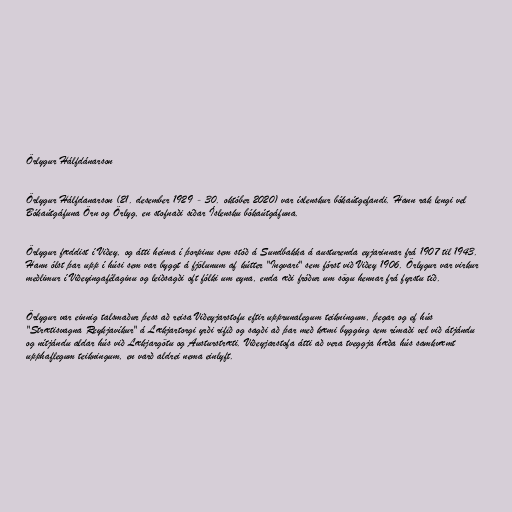
Örlygur Hálfdánarson

Örlygur Hálfdanarson (21. desember 1929 - 30. október 2020) var íslenskur bókaútgefandi. Hann rak lengi vel
Bókaútgáfuna Örn og Örlyg, en stofnaði síðar Íslensku bókaútgáfuna.

Örlygur fæddist í Viðey, og átti heima í þorpinu sem stóð á Sundbakka á austurenda eyjarinnar frá 1907 til 1943.
Hann ólst þar upp í húsi sem var byggt á fjölunum af kútter "Ingvari" sem fórst við Viðey 1906. Örlygur var virkur
meðlimur í Viðeyingafélaginu og leiðsagði oft fólki um eyna, enda æði fróður um sögu hennar frá fyrstu tíð.

Örlygur var einnig talsmaður þess að reisa Viðeyjarstofu eftir upprunalegum teikningum, þegar og ef hús
"Strætisvagna Reykjavíkur" á Lækjartorgi yrði rifið og sagði að þar með kæmi bygging sem rímaði vel við átjándu
og nítjándu aldar hús við Lækjargötu og Austurstræti. Viðeyjarstofa átti að vera tveggja hæða hús samkvæmt
upphaflegum teikningum, en varð aldrei nema einlyft.